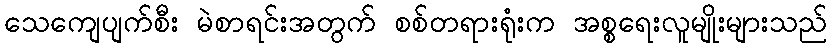
သေကျေပျက်စီး မဲစာရင်းအတွက် စစ်တရားရုံးက အစ္စရေးလူမျိုးများသည်